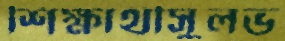
শিক্ষার্থীসুলভ